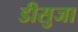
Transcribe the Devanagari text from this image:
डीसुजा